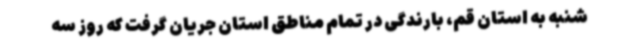
شنبه به استان قم، بارندگی در تمام مناطق استان جریان گرفت که روز سه